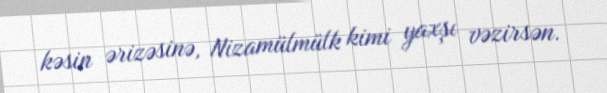
kəsin ərizəsinə, Nizamülmülk kimi yaxşı vəzirsən.